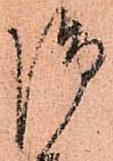
御